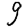
Digit: 9